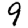
Digit: 9